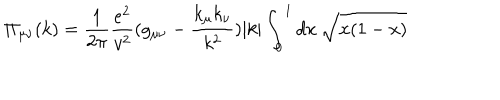
\Pi _ { \mu \nu } ( k ) = \frac { 1 } { 2 \pi } \frac { e ^ { 2 } } { v ^ { 2 } } ( g _ { \mu \nu } - \frac { k _ { \mu } k _ { \nu } } { k ^ { 2 } } ) | k | \int _ { 0 } ^ { 1 } d x \: \sqrt { x ( 1 - x ) }